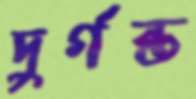
দুর্গন্ত